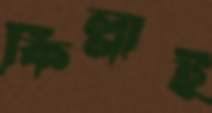
কিল্লাই